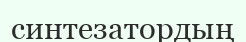
синтезатордың